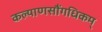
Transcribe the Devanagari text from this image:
कल्याणसौंगधिकम्